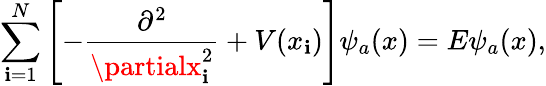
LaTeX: \sum_{\mathbf{i}=1}^{N}\left[-\frac{{\partial^{2}}}{{\partialx_{\mathbf{i}}^{2}}}+V(x_{\mathbf{i}})\right]\psi_{a}(x)=E\psi_{a}(x),